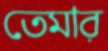
তেমার